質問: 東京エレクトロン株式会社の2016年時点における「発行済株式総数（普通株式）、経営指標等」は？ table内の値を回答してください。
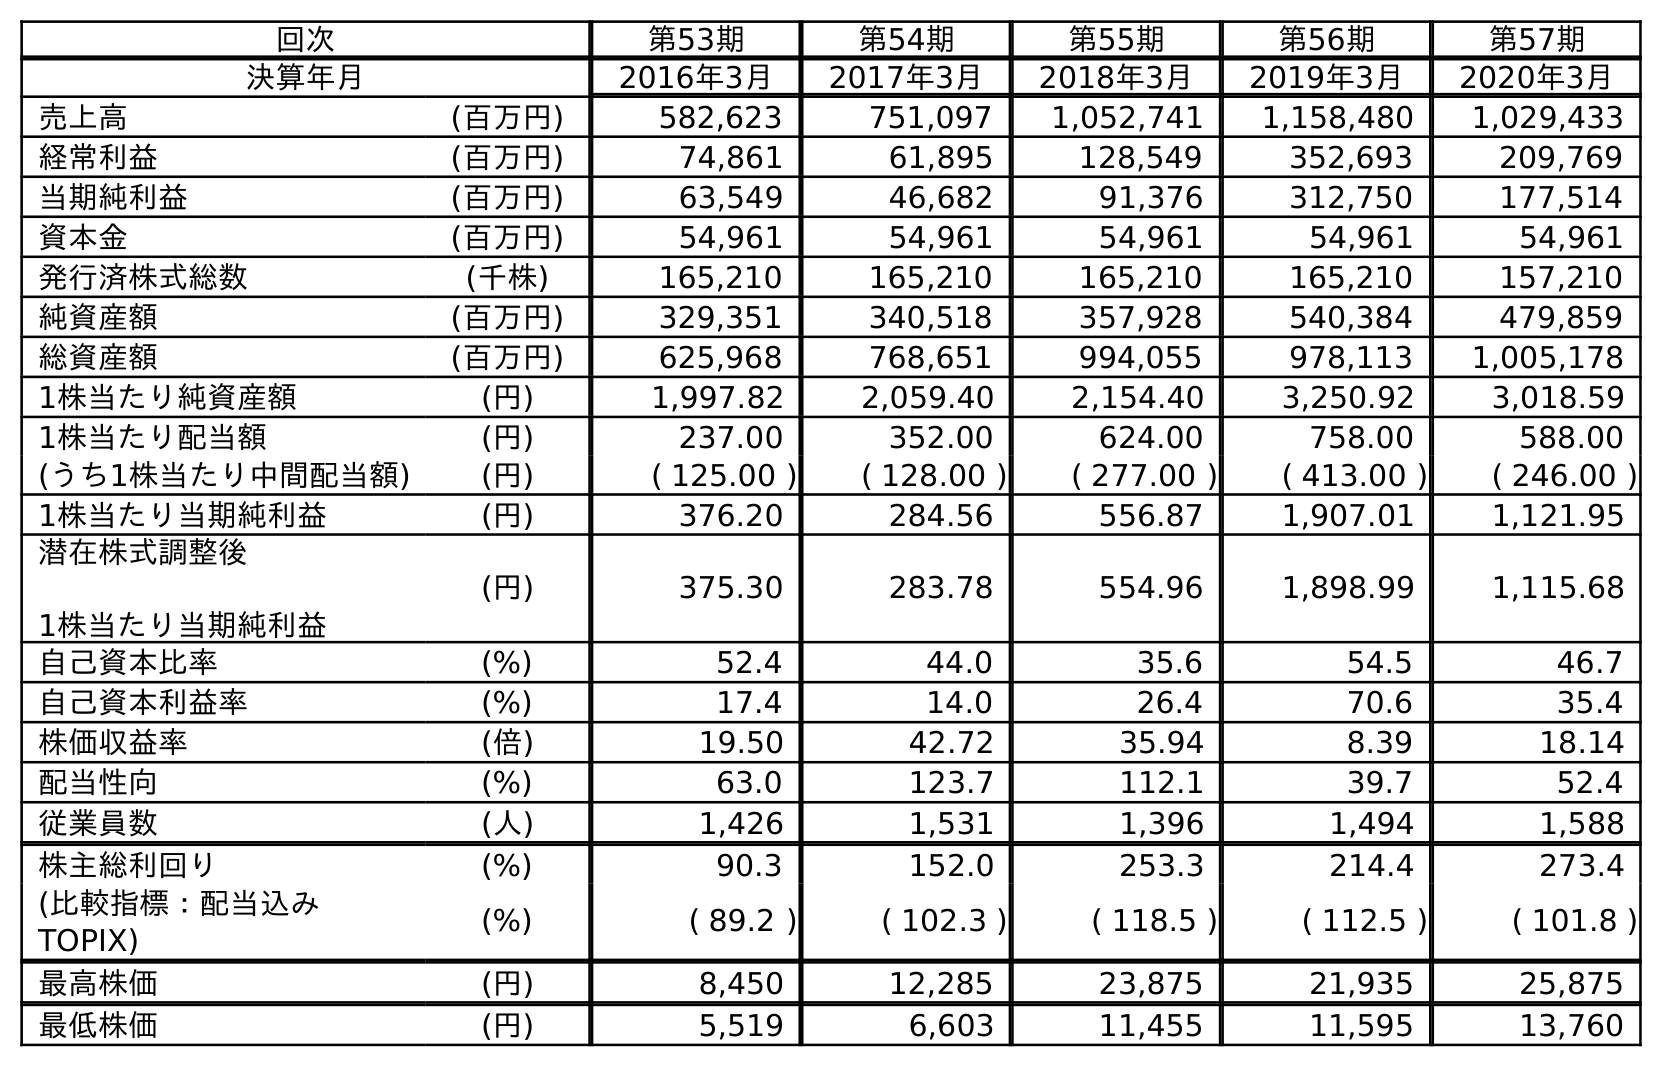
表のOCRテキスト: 回次 第53期 第54期 第55期 第56期 第57期 決算年月 2016年3月 2017年3月 2018年3月 2019年3月 2020年3月 売上高 (百万円) 582,623 751,097 1,052,741 1,158,480 1,029,433 経常利益 (百万円) 74,861 61,895 128,549 352,693 209,769 当期純利益 (百万円) 63,549 46,682 91,376 312,750 177,514 資本金 (百万円) 54,961 54,961 54,961 54,961 54,961 発行済株式総数 (千株) 165,210 165,210 165,210 165,210 157,210 純資産額 (百万円) 329,351 340,518 357,928 540,384 479,859 総資産額 (百万円) 625,968 768,651 994,055 978,113 1,005,178 1株当たり純資産額 (円) 1,997.82 2,059.40 2,154.40 3,250.92 3,018.59 1株当たり配当額 (円) 237.00 352.00 624.00 758.00 588.00 (うち1株当たり中間配当額) (円) ( 125.00 ) ( 128.00 ) ( 277.00 ) ( 413.00 ) ( 246.00 ) 1株当たり当期純利益 (円) 376.20 284.56 556.87 1,907.01 1,121.95 潜在株式調整後 1株当たり当期純利益 (円) 375.30 283.78 554.96 1,898.99 1,115.68 自己資本比率 (%) 52.4 44.0 35.6 54.5 46.7 自己資本利益率 (%) 17.4 14.0 26.4 70.6 35.4 株価収益率 (倍) 19.50 42.72 35.94 8.39 18.14 配当性向 (%) 63.0 123.7 112.1 39.7 52.4 従業員数 (人) 1,426 1,531 1,396 1,494 1,588 株主総利回り (%) 90.3 152.0 253.3 214.4 273.4 (比較指標：配当込み TOPIX) (%) ( 89.2 ) ( 102.3 ) ( 118.5 ) ( 112.5 ) ( 101.8 ) 最高株価 (円) 8,450 12,285 23,875 21,935 25,875 最低株価 (円) 5,519 6,603 11,455 11,595 13,760
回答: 165,210